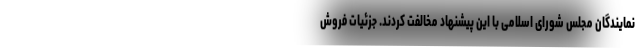
نمایندگان مجلس شورای اسلامی با این پیشنهاد مخالفت کردند. جزئیات فروش